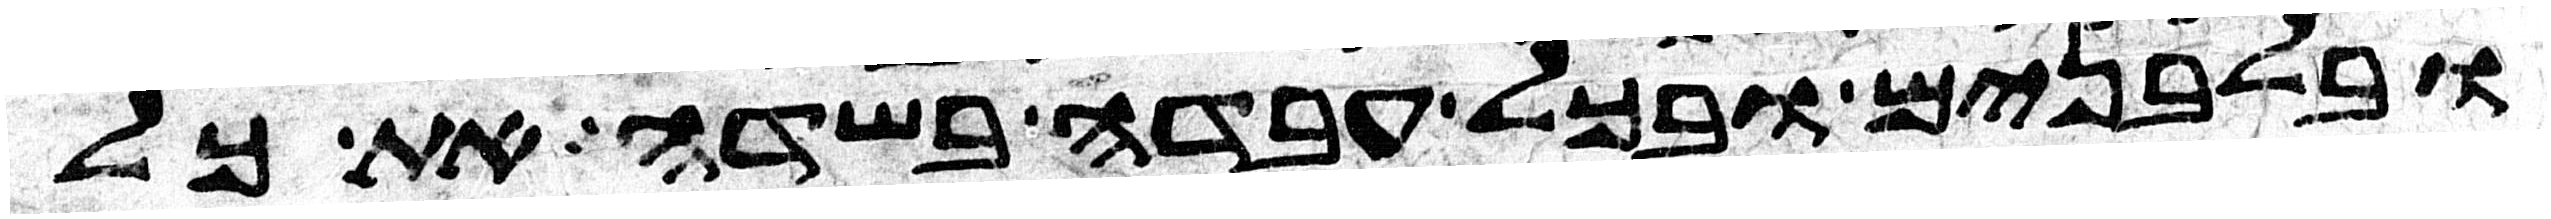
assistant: ובלבנים ובכל עבדה בשדה את כל